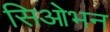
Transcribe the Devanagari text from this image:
सिओभन